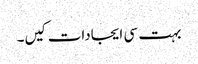
بہت سی ایجادات کیں۔